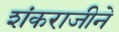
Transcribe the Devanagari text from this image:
शंकराजीने